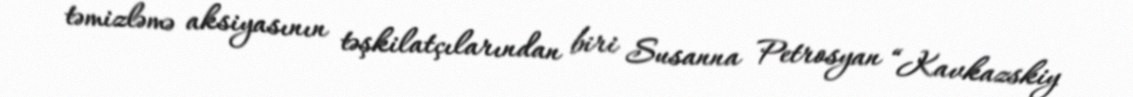
təmizləmə aksiyasının təşkilatçılarından biri Susanna Petrosyan “Kavkazskiy